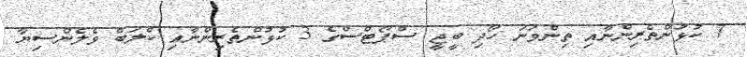
7 ކުޅުންތެރިންނާއި ތިންވަނަ ހޯދި ބީޖީ ސްޕޯޓްސްގެ 3 ކުޅުންތެރިންނާއި ކްލަބް ވެލެންސިޔާ